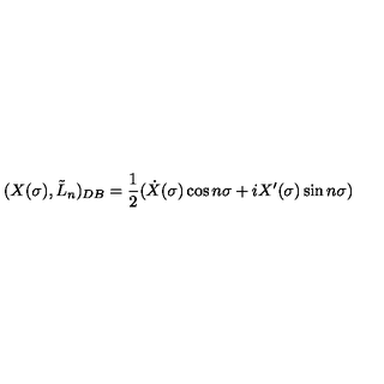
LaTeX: ( X ( \sigma ) , \tilde { L } _ { n } ) _ { D B } = \frac { 1 } { 2 } ( \dot { X } ( \sigma ) \cos n \sigma + i X ^ { \prime } ( \sigma ) \sin n \sigma )